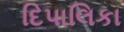
દિપાલિકા